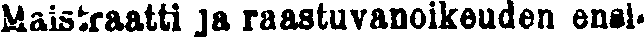
Maistraatti ja raastuvanoikeuden ensi-